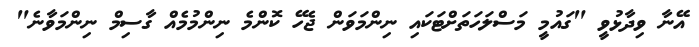
އޭނާ ވިދާޅުވީ "ގައުމީ މަސްލަހަތަށްޓަކައި ނިންމަވަން ޖެހޭ ކޮންމެ ނިންމުމެއް ގާސިމް ނިންމަވާނެ"